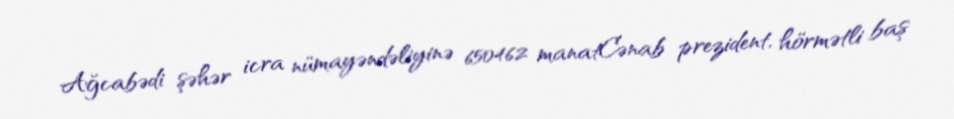
Ağcabədi şəhər icra nümayəndəliyinə 650462 manatCənab prezident, hörmətli baş